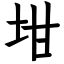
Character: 坩